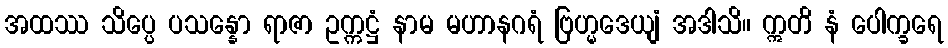
အထဿ သိပ္ပေ ပသန္နော ရာဇာ ဥက္ကဋ္ဌံ နာမ မဟာနဂရံ ဗြဟ္မဒေယျံ အဒါသိ။ ဣတိ နံ ပေါက္ခရေ